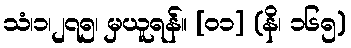
သံ၊၁၊၂၇၅၊ မှယူရန်။ [၀၁] (နိ၊ ၁၆၅)